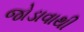
જોડાવાથી